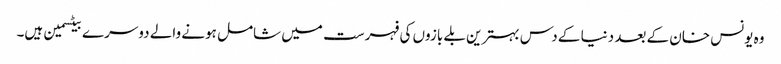
وہ یونس خان کے بعد دنیا کے دس بہترین بلے بازوں کی فہرست میں شامل ہونے والے دوسرے بیٹسمین ہیں۔